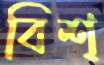
বিশ্